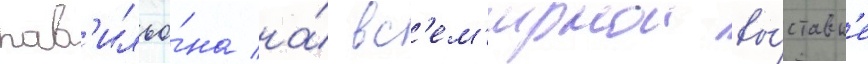
пав'ильо́на на́ вс'ем'ирнои вы́ставк'е